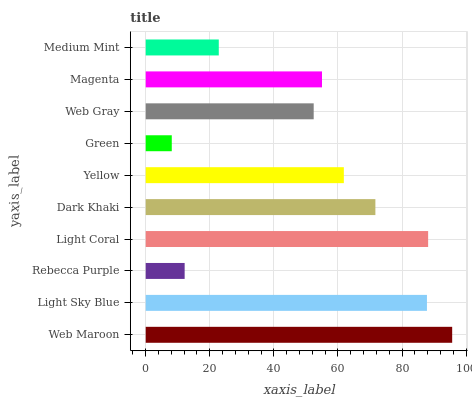
| yaxis_label | bars |
 | --- | --- |
 | Web Maroon | 95.6 |
 | Light Sky Blue | 87.8 |
 | Rebecca Purple | 12.2 |
 | Light Coral | 88.1 |
 | Dark Khaki | 71.7 |
 | Yellow | 61.8 |
 | Green | 8.13 |
 | Web Gray | 52.4 |
 | Magenta | 55 |
 | Medium Mint | 22.8 |